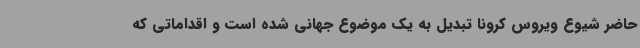
حاضر شیوع ویروس کرونا تبدیل به یک موضوع جهانی شده است و اقداماتی که